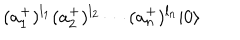
( a _ { 1 } ^ { + } ) ^ { l _ { 1 } } ( a _ { 2 } ^ { + } ) ^ { l _ { 2 } } \cdots ( a _ { n } ^ { + } ) ^ { l _ { n } } | 0 \rangle